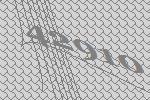
42910